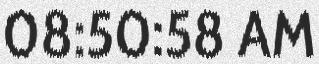
08:50:58 AM